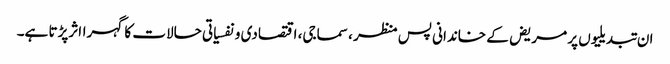
ان تبدیلیوں پر مریض کے خاندانی پس منظر ، سماجی، اقتصادی و نفسیاتی حالات کا گہرااثرپڑتا ہے۔